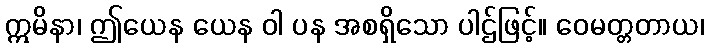
ဣမိနာ၊ ဤယေန ယေန ဝါ ပန အစရှိသော ပါဌ်ဖြင့်။ ဝေမတ္တတာယ၊